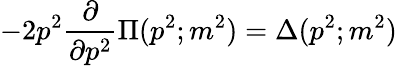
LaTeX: -2p^{2}\frac{\partial}{\partial p^{2}}\Pi(p^{2};m^{2})=\Delta(p^{2};m^{2})